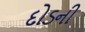
દોડની